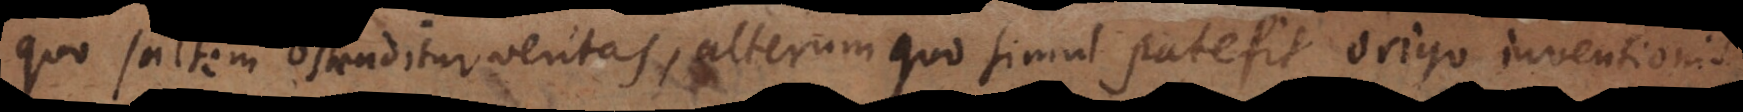
quo saltem ostenditur veritas, alterum quo simul patefit origo inventionis.